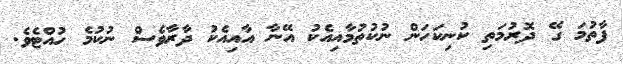
ފާތުމަ ގޭ ދޮރުމަތި ކުނިކަހަން ނުކުތުމާއިއެކު އޭނާ އާއިއެކު ދާރާވެސް ނުކުމެ ހުއްޓެވެ.